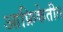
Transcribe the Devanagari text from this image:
आफ्रिकेतीत